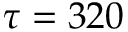
\tau = 3 2 0